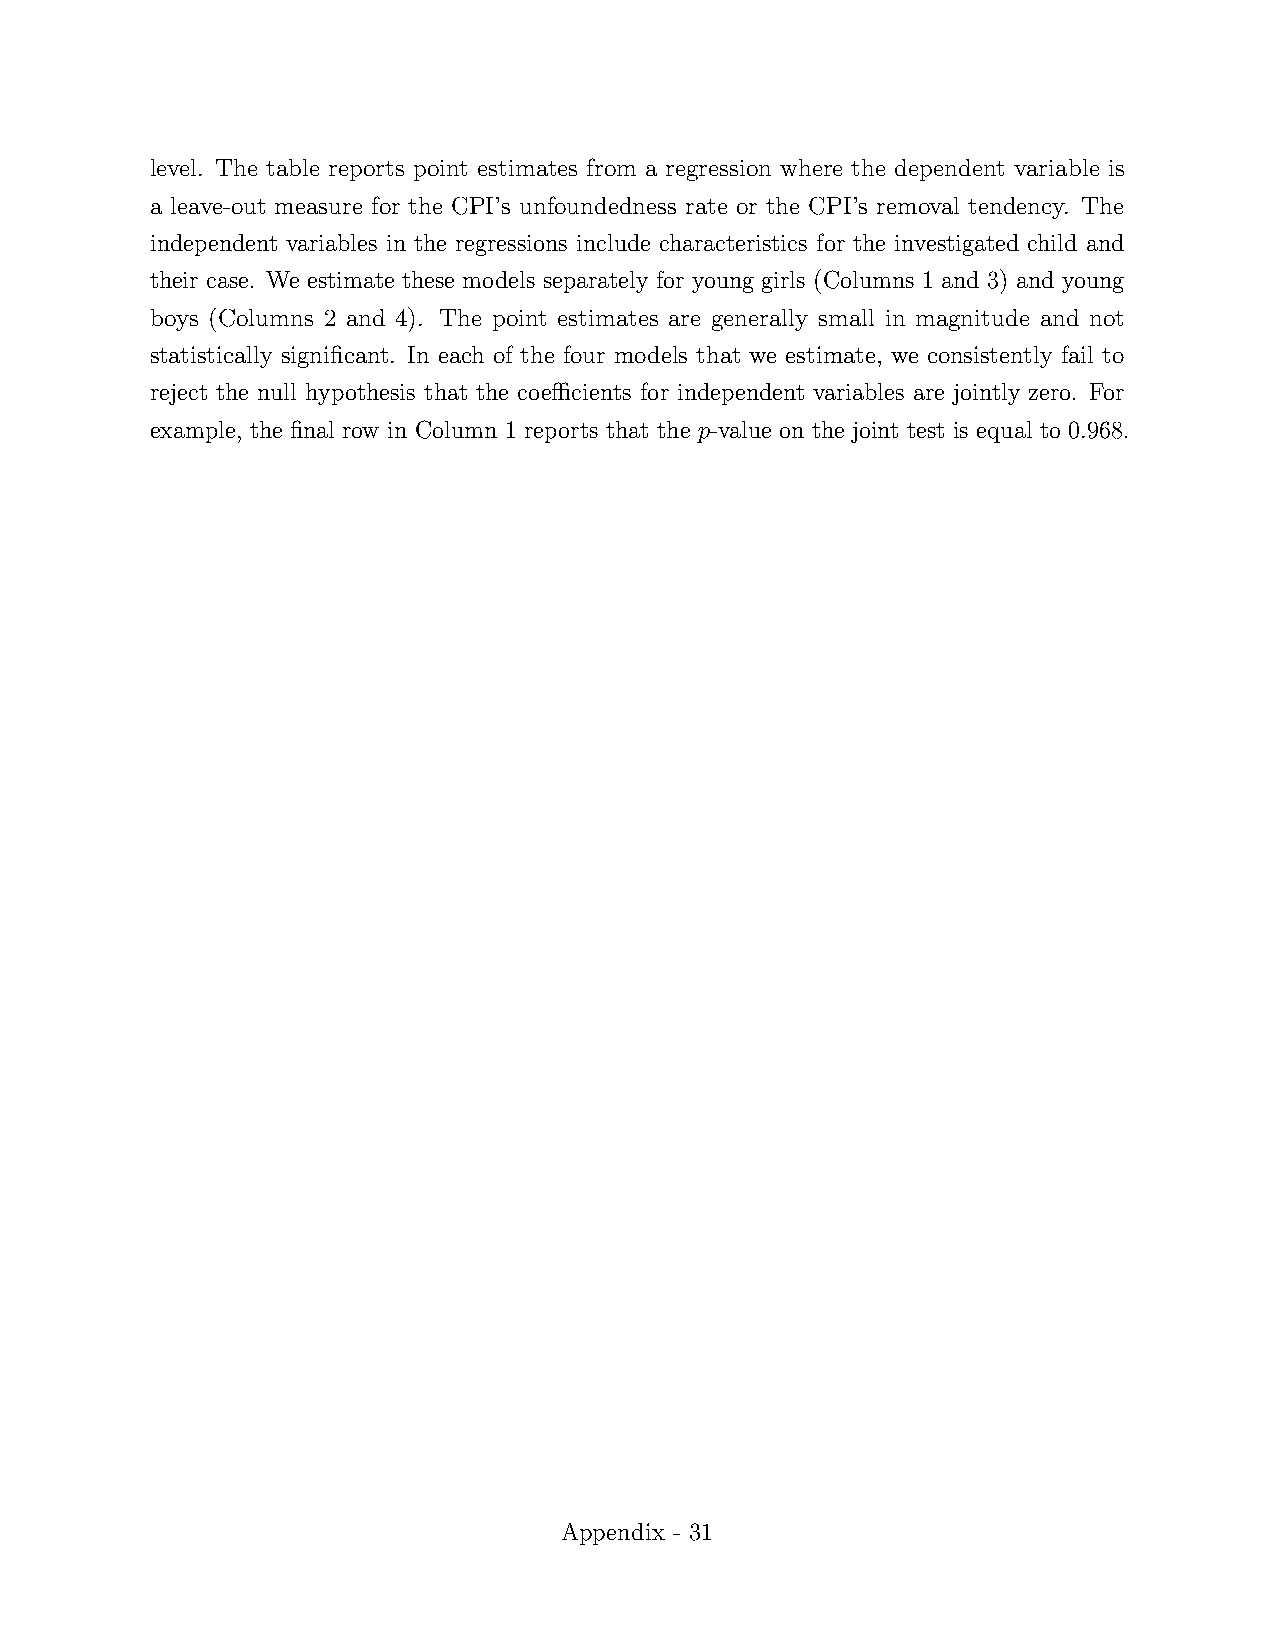
level. The table reports point estimates from a regression where the dependent variable is
 a leave-out measure for the CPI’s unfoundedness rate or the CPI’s removal tendency. The
 independent variables in the regressions include characteristics for the investigated child and
 their case. We estimate these models separately for young girls (Columns 1 and 3) and young
 boys (Columns 2 and 4). The point estimates are generally small in magnitude and not
 statistically significant. In each of the four models that we estimate, we consistently fail to
 reject the null hypothesis that the coefficients for independent variables are jointly zero. For
 example, the final row in Column 1 reports that the p-value on the joint test is equal to 0.968.
 Appendix - 31